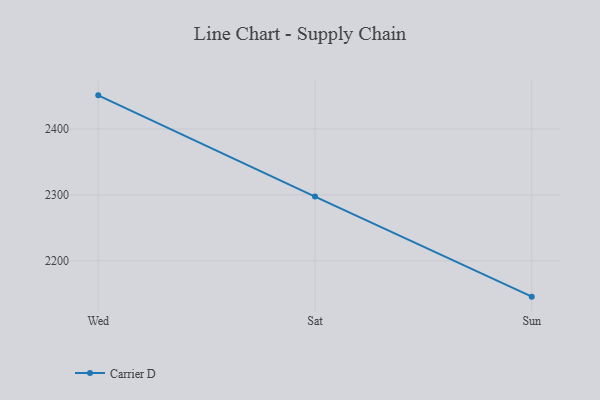
{"axis": {"x": "Day", "y": "LTV (USD)"}, "legend": ["Carrier D"], "data": [{"x": "Wed", "y": 2451.0, "type": "Carrier D"}, {"x": "Sat", "y": 2297.4, "type": "Carrier D"}, {"x": "Sun", "y": 2145.6, "type": "Carrier D"}]}